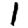
Digit: 1